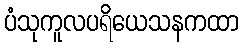
ပံသုကူလပရိယေသနကထာ